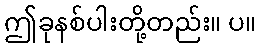
ဤခုနစ်ပါးတို့တည်း။ ပ။